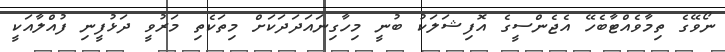
ނޯވޭގެ ތިމާވެއްޓާބެހޭ އެޖެންސީގެ އޮފިޝަލަކު ބުނީ މިހާގިނައަދަދަކަށް މިތަކެތި މަރުވީ ދަޅުފީނި ފުއްލާއަކީ